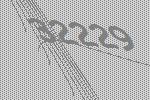
32229